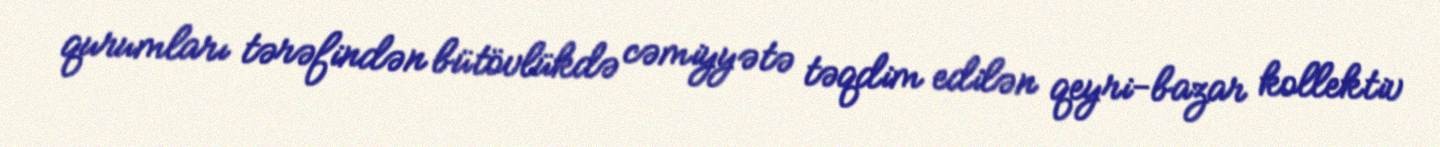
qurumları tərəfindən bütövlükdə cəmiyyətə təqdim edilən qeyri-bazar kollektiv